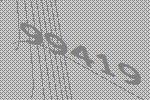
99419